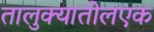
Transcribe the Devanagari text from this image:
तालुक्यातीलएक